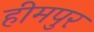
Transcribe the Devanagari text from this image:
हीमपुर